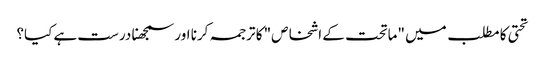
تحتی کا مطلب میں "ماتحت کے اشخاص" کا ترجمہ کرنا اور سمجھنا درست ہے کیا؟